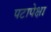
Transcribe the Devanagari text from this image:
पटापेक्षा